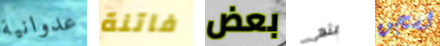
عدوانية فاتنة بعض ينهى لسجن